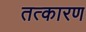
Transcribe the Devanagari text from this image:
तत्कारण